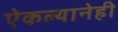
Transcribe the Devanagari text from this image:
ऐकल्यानेही